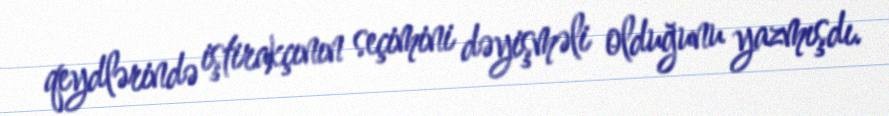
qeydlərində iştirakçının seçimini dəyişməli olduğunu yazmışdı.